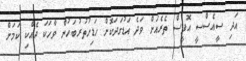
އަދި ސީއެސްސީ އޮފީސް ތެރެއަށް ވަދެ އަޑުގަދަކޮށް ހަޑިހުތުރުބަހުން ވާހަކަ ދެއްކި ކަމަށް